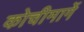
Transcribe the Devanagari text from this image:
कोचीमार्गे